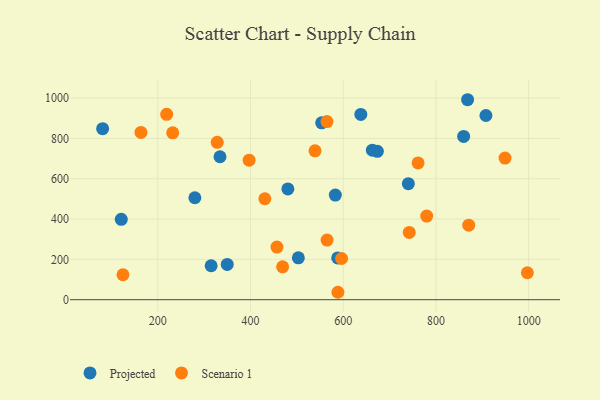
{"axis": {"x": "Investment", "y": "Sales"}, "legend": ["Projected", "Scenario 1"], "data": [{"x": "740.4", "y": 575.5, "type": "Projected"}, {"x": "503.1", "y": 207.7, "type": "Projected"}, {"x": "673.6", "y": 736.1, "type": "Projected"}, {"x": "637.9", "y": 919.1, "type": "Projected"}, {"x": "279.9", "y": 505.6, "type": "Projected"}, {"x": "859.7", "y": 810.0, "type": "Projected"}, {"x": "334.1", "y": 709.0, "type": "Projected"}, {"x": "315.0", "y": 168.4, "type": "Projected"}, {"x": "553.5", "y": 877.3, "type": "Projected"}, {"x": "662.8", "y": 741.5, "type": "Projected"}, {"x": "480.5", "y": 549.7, "type": "Projected"}, {"x": "582.9", "y": 518.9, "type": "Projected"}, {"x": "868.2", "y": 991.9, "type": "Projected"}, {"x": "588.0", "y": 207.5, "type": "Projected"}, {"x": "349.7", "y": 174.9, "type": "Projected"}, {"x": "80.9", "y": 848.5, "type": "Projected"}, {"x": "121.1", "y": 398.7, "type": "Projected"}, {"x": "907.8", "y": 913.6, "type": "Projected"}, {"x": "396.9", "y": 692.3, "type": "Scenario 1"}, {"x": "588.5", "y": 36.9, "type": "Scenario 1"}, {"x": "457.0", "y": 261.0, "type": "Scenario 1"}, {"x": "565.1", "y": 295.9, "type": "Scenario 1"}, {"x": "124.8", "y": 123.8, "type": "Scenario 1"}, {"x": "469.2", "y": 163.0, "type": "Scenario 1"}, {"x": "761.4", "y": 678.6, "type": "Scenario 1"}, {"x": "539.1", "y": 738.6, "type": "Scenario 1"}, {"x": "949.0", "y": 702.3, "type": "Scenario 1"}, {"x": "219.1", "y": 919.4, "type": "Scenario 1"}, {"x": "596.4", "y": 204.4, "type": "Scenario 1"}, {"x": "870.7", "y": 369.7, "type": "Scenario 1"}, {"x": "564.8", "y": 883.5, "type": "Scenario 1"}, {"x": "430.9", "y": 500.8, "type": "Scenario 1"}, {"x": "997.2", "y": 133.7, "type": "Scenario 1"}, {"x": "780.0", "y": 414.6, "type": "Scenario 1"}, {"x": "232.1", "y": 827.9, "type": "Scenario 1"}, {"x": "328.1", "y": 780.8, "type": "Scenario 1"}, {"x": "742.4", "y": 333.8, "type": "Scenario 1"}, {"x": "163.6", "y": 829.5, "type": "Scenario 1"}]}